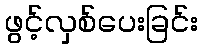
ဖွင့်လှစ်ပေးခြင်း